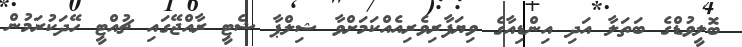
ބޮލީވުޑްގެ ބަތަލާ އަދި އިންޑިއާގެ ވިޔަފާރިވެރިއެއްކަމަށްވާ ޝިލްޕާ ޝެޓީ ރާއްޖޭގައި ޗުއްޓީ ހޭދަކުރަމުން